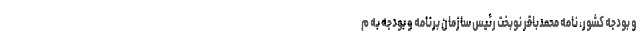
و بودجه کشور، نامه محمدباقر نوبخت رئیس سازمان برنامه و بودجه به م